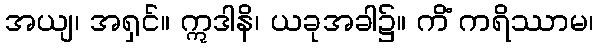
အယျ၊ အရှင်။ ဣဒါနိ၊ ယခုအခါ၌။ ကိံ ကရိဿာမ၊